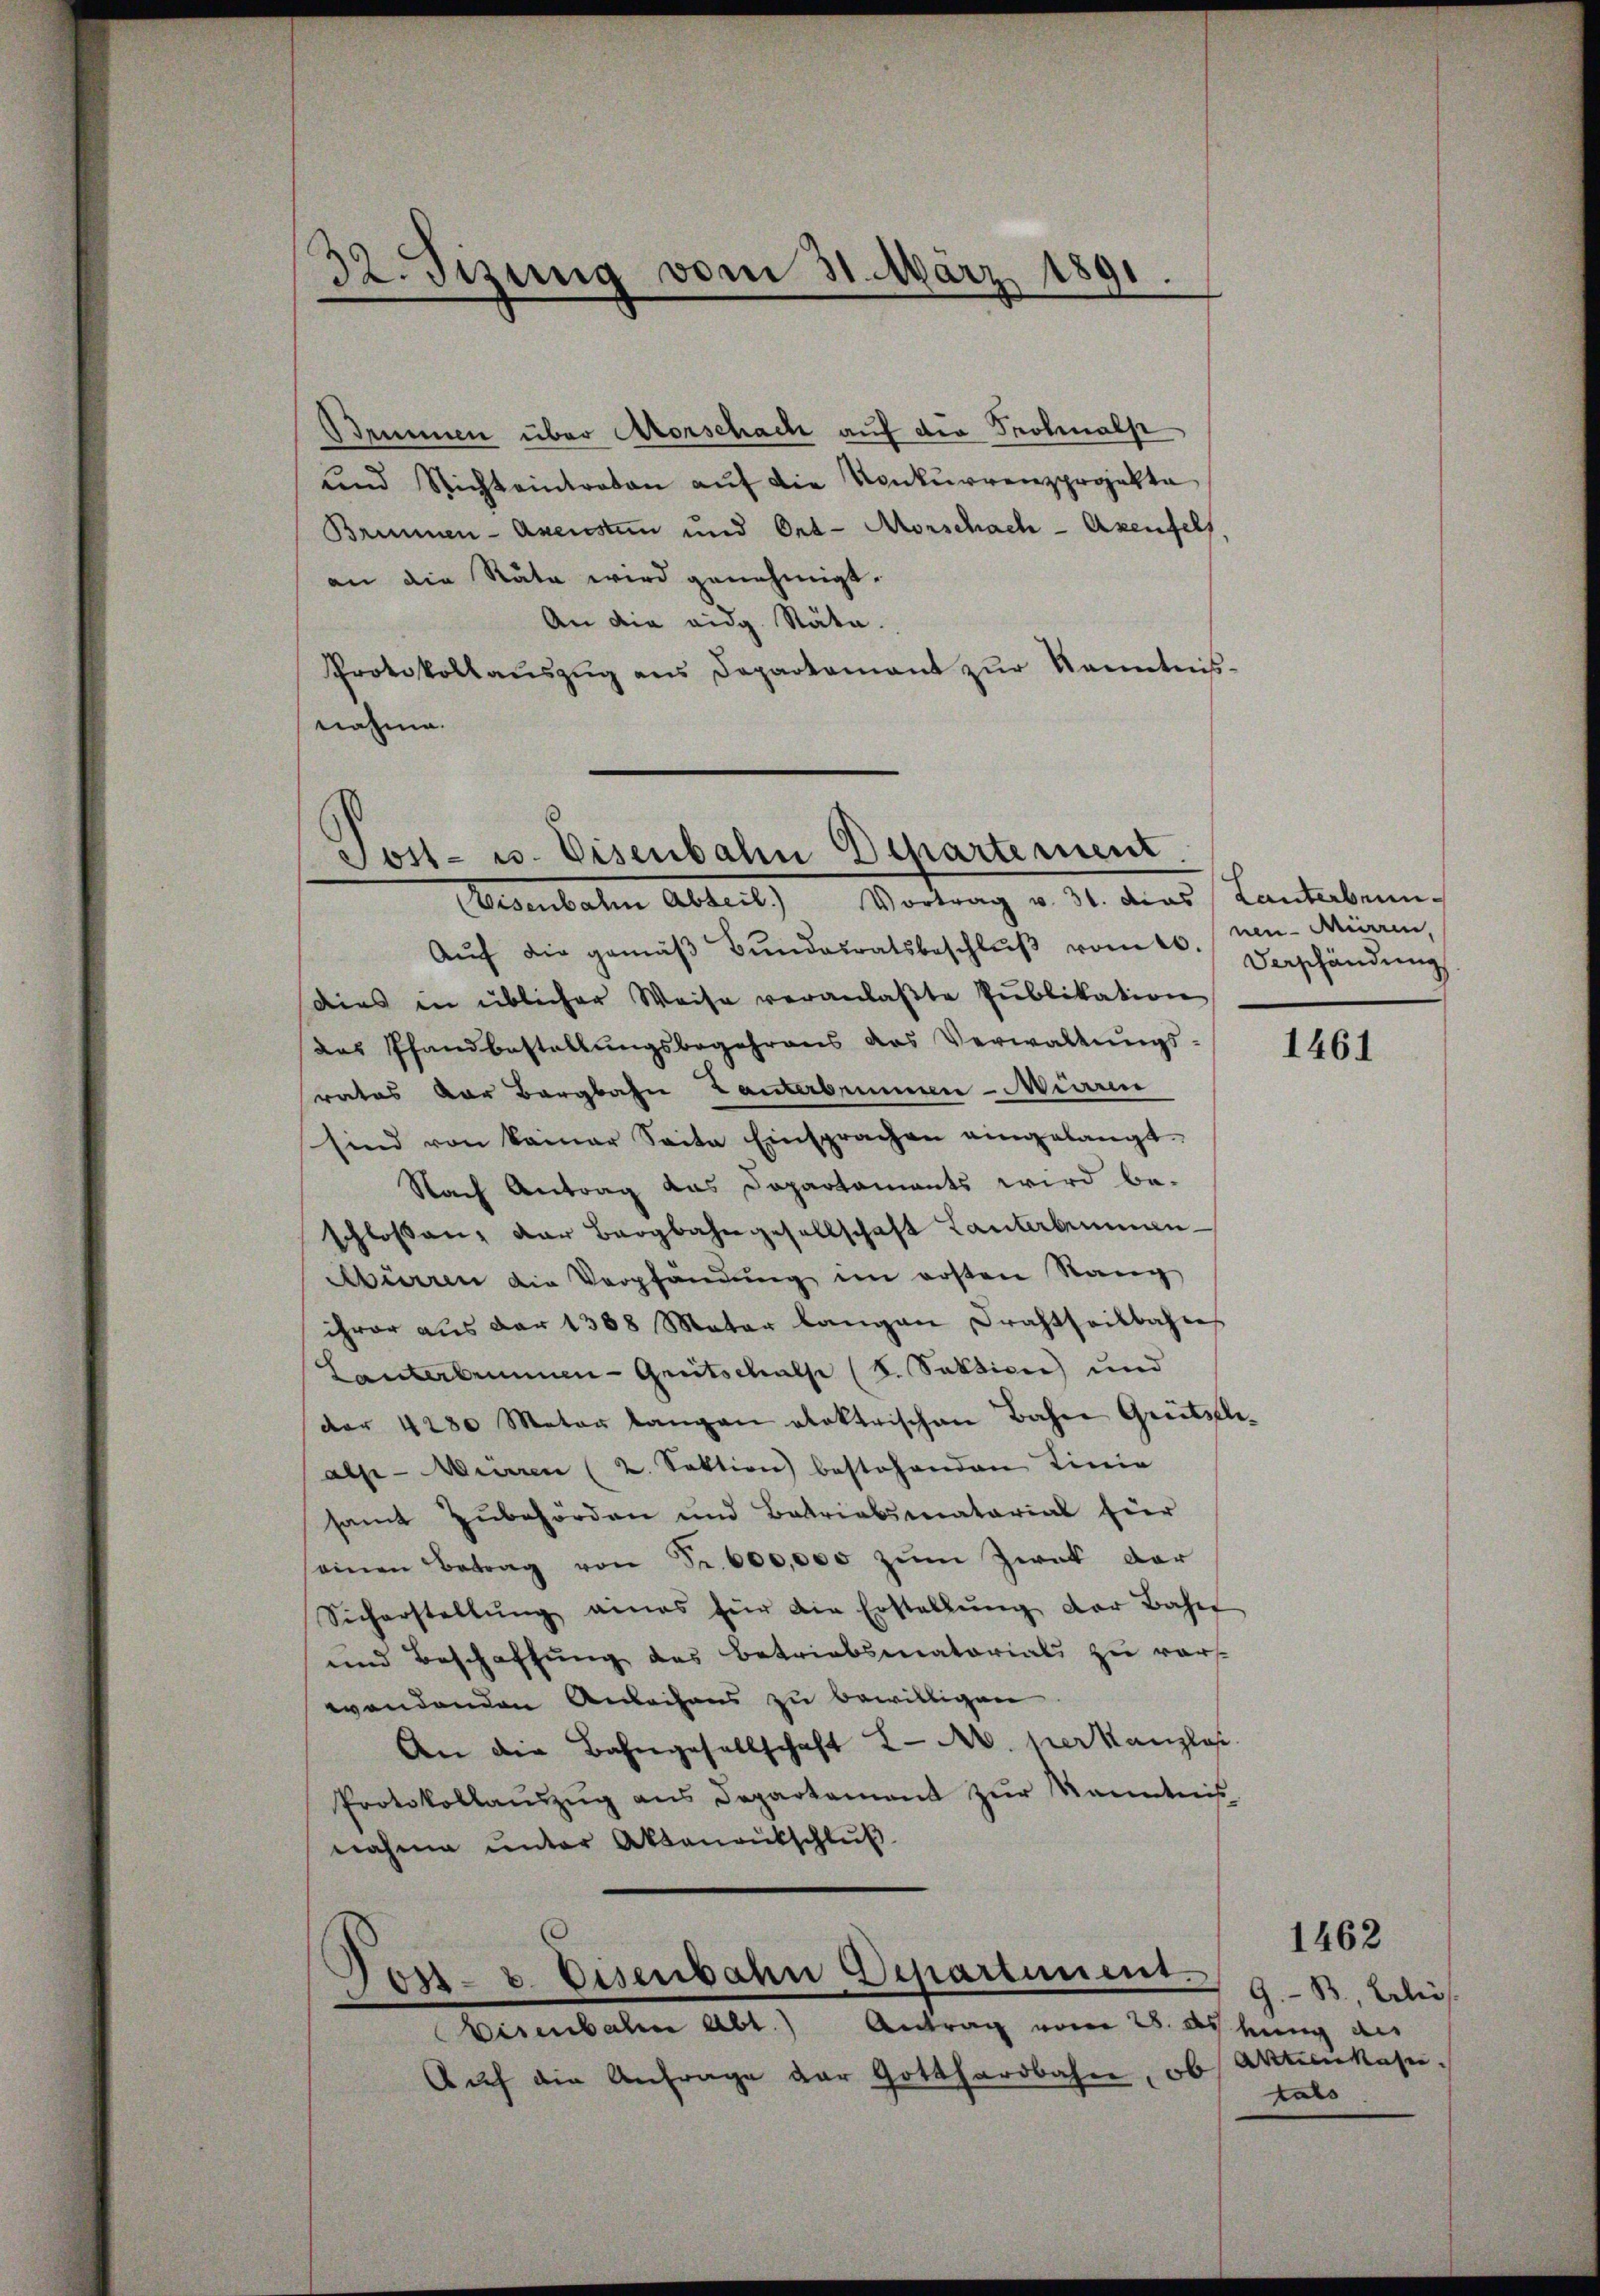
s
ve. Tizung vom 31. März 1891.

Brumen über Morschach auf die Frohmals
und Nichteintraten auf die Konkurrenzprojekte
Brunnen- Axensten und Ord-Morschach- Axenfels
an die Räte wird genehmigt.
An die eidg. Stäte.
Protokollaŭszŭg ans Departamant zŭr Kenntnis-
nahme.

Sost- u. Eisenbahn Departement

Eisenbahn Abteil.) Vortrag v. 31. das Lanterbenn.
Aŭf die gemäβ Bŭndesratsbeschlŭβ vom 10. neu- Mürren,
dies in üblicher Weise veranlaβte Pŭblikation
das Pfandbestellŭngsbegehrens das Verwaltŭngs-
rates der Bergbahn Tanterbennen-Miaren
sind von keiner Seite Einsprachen eingelangt
Nach Antrag das Departaments wird be-
schlossen, der Bergbahngesellschaft Lanterbenan¬
Abirren die Verpfändung im ersten Rang
ihrer aus der 1388 Mater langen Drahtheilbahres
Lanterbrunnen-Grutschalse (s. Sektion) und
der 4280 Meter langen elektrischen Bahne Greitsle-
alse Meieren (2. Sektion) bestehenden Linie
samt Zubehörden und Batriabsmatarial hier
einen Betrag von Fr. 600,000 zum Zweck dar
Sicherstellŭng eines für die Erstellŭng der Bahn
und Beschaffung des Betriebsmatorial zu verswendenden Anleihens zu bewilligen
An die Bahngesellschaft 2 M. verkanzlos
Protokollaŭszŭg ans Departement zŭr Kenntnis
nahme unter Aktenantschluß

Post- u. Eisenbahn Departement.
Eisenbahn Abt.) Antrag vom 28. ds hung des

Auf die Anfrage der Gotthardbahn, ob

Verschändung

1461

9.- B. Erlös
Aktienkasen.
tals

1462